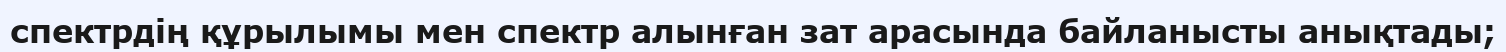
спектрдің құрылымы мен спектр алынған зат арасында байланысты анықтады;